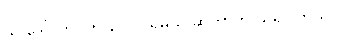
သူ ဒေါ်လာ ၁၅၀,၀၀၀ ရမယ် ဆိုတာကို သိရပါတယ်။